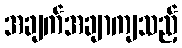
အချက်အချာကျသည့်